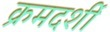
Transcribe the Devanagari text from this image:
क्रमदर्शी